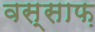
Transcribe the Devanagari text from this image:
वस्साफ़